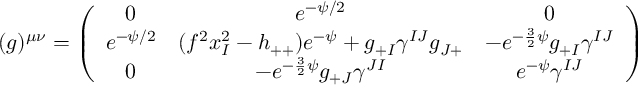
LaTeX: ( g ) ^ { \mu \nu } = \left( \begin{array} { c c c } { { 0 } } & { { e ^ { - \psi / 2 } } } & { { 0 } } \\ { { e ^ { - \psi / 2 } } } & { { ( f ^ { 2 } x _ { I } ^ { 2 } - h _ { + + } ) e ^ { - \psi } + g _ { + I } \gamma ^ { I J } g _ { J + } } } & { { - e ^ { - \frac { 3 } { 2 } \psi } g _ { + I } \gamma ^ { I J } } } \\ { { 0 } } & { { - e ^ { - \frac { 3 } { 2 } \psi } g _ { + J } \gamma ^ { J I } } } & { { e ^ { - \psi } \gamma ^ { I J } } } \end{array} \right)